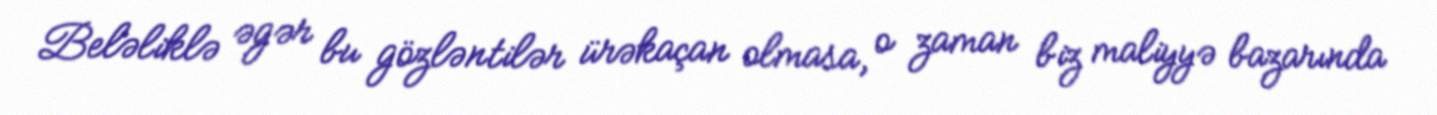
Beləliklə əgər bu gözləntilər ürəkaçan olmasa, o zaman biz maliyyə bazarında